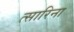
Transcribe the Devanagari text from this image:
त्सारिना